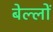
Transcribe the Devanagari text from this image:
बेल्लों